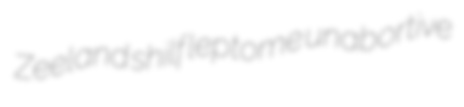
Zeeland shilf leptome unabortive